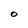
Character: 0